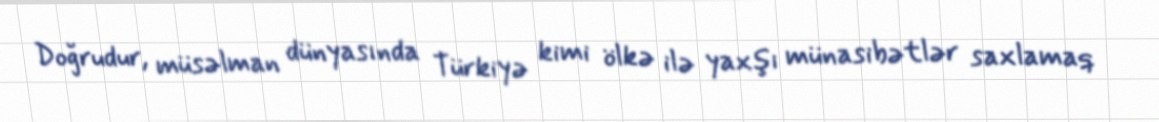
Doğrudur, müsəlman dünyasında Türkiyə kimi ölkə ilə yaxşı münasibətlər saxlamaq